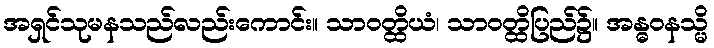
အရှင်သုမနသည်လည်းကောင်း။ သာဝတ္ထိယံ၊ သာဝတ္ထိပြည်၌။ အန္ဓဝနသ္မိ